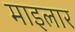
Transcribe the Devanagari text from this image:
माइलार